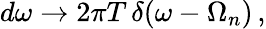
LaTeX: d\omega\to 2\pi T\, \delta(\omega-\Omega_{n})\, {,}